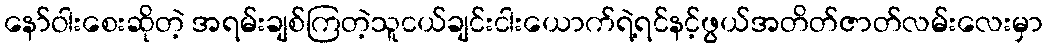
နော်ဝါးစေးဆိုတဲ့ အရမ်းချစ်ကြတဲ့သူငယ်ချင်းငါးယောက်ရဲ့ရင်နင့်ဖွယ်အတိတ်ဇာတ်လမ်းလေးမှာ